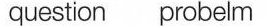
question probelm